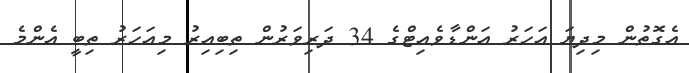
އެގޮތުން މިދިޔަ އަހަރު އަންޑާވެއިޓްގެ 34 ދަރިވަރުން ތިބިއިރު މިއަހަރު ތިބީ އެންމެ